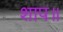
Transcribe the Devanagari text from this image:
शाप॥